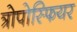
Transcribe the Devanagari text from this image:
त्रोपोस्फियर